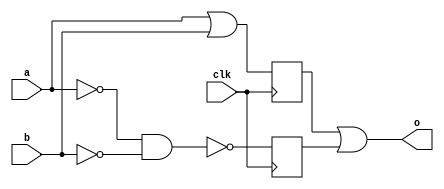
module top(input clk, input a, b, output o);
reg r1, r2;
always @(posedge clk) begin
    r1 <= a | b;
    r2 <= ~(~a & ~b);
end
assign o = r1 | r2;
endmodule